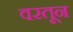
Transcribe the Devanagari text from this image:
वरतून